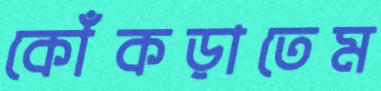
কোঁকড়াতেম